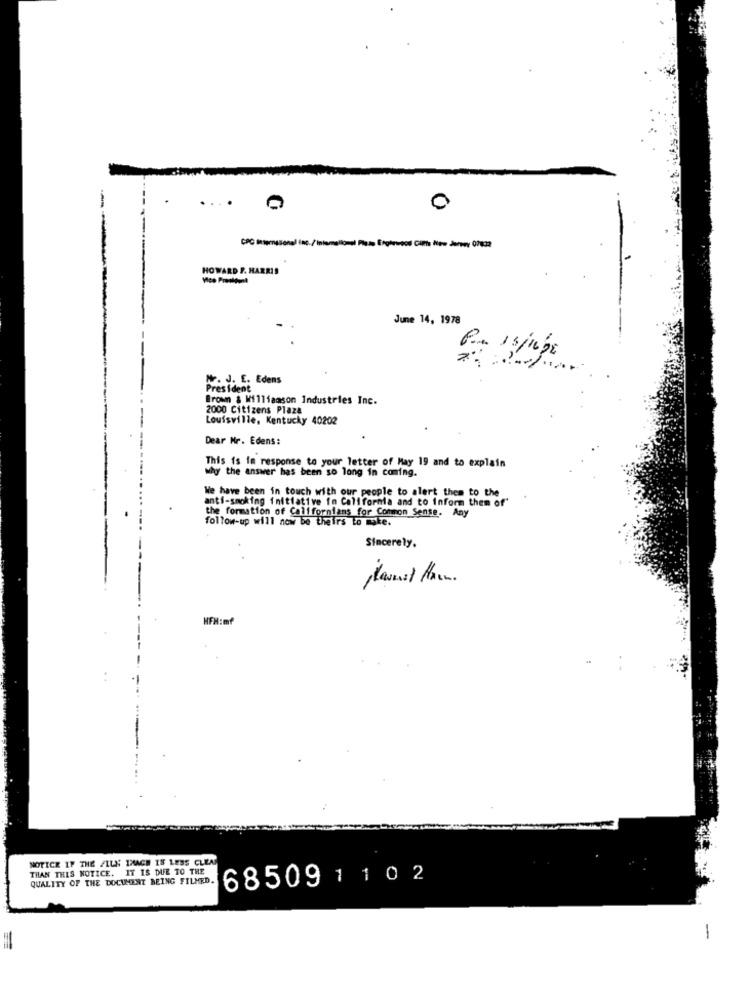
.
0
HOWARD P. HARRIS
Vice President
June 14, 1978
Por 15/16DE
7:
Mr. J. E. Edens
President
Brown & Williamson Industries Inc.
2000 Citizens Plaza
Louisville, Kentucky 40202
Dear Mr. Edens:
This is in response to your letter of May 19 and to explain
why the answer has been so long in coming.
We have been in touch with our people to alert them to the
anti-smoking initiative in California and to inform them of'
the formation of Californians for Common Sense. Any
follow-up will now be theirs to make.
Sincerely.
HFH:mf
NOTICE IF THE FILE IMAGE IS LESS CLEA
THAN THIS NOTICE. IT IS DUE TO THE
QUALITY OF THE DOCUMENT BEING FILMED.
68509
1 1 0 2